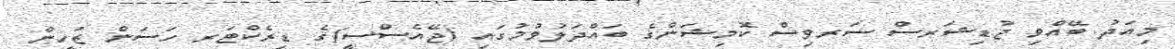
މިއަދު ބޭއްވި ޖުޑިޝަރސް ސަރވިސް ކޮމިޝަންގެ ބައްދަލުވުމުގައި (ޖޭއެސްސީ)ގެ ޑިރެކްޓަރ ހަސަން ޒަހީން